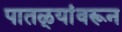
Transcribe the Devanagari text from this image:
पातळ्यांवरून